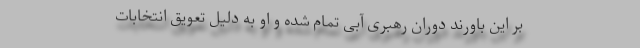
بر این باورند دوران رهبری آبی تمام شده و او به دلیل تعویق انتخابات